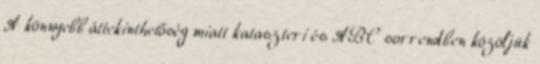
A könnyebb áttekinthetőség miatt kataszteri és ABC sorrendben közöljük